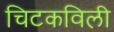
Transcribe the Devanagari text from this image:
चिटकविली